Annual report of the Punjab Veterinary College and of the Civil Veterinary Department, Punjab - 1926-1932
Year: 1926
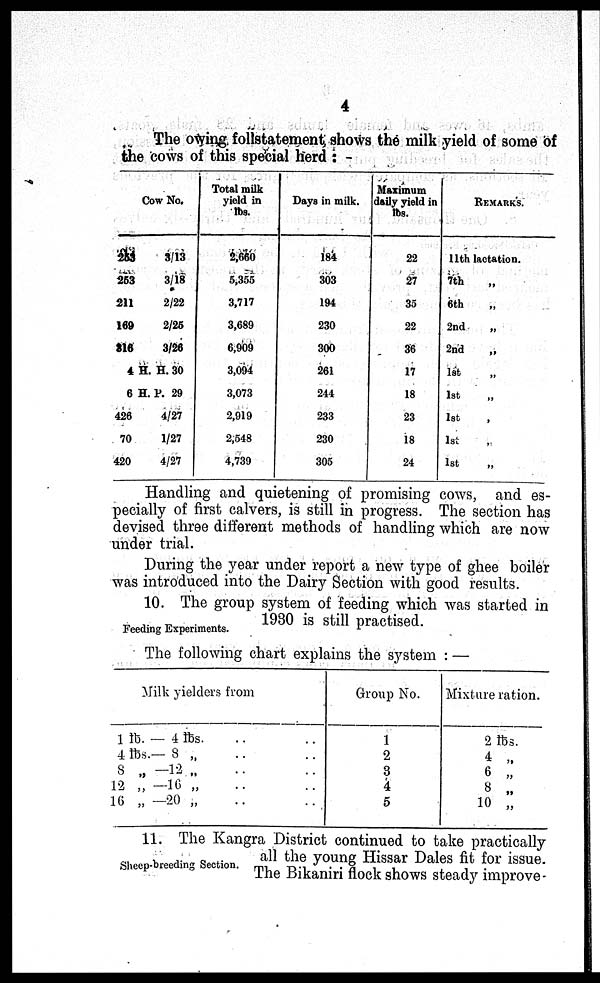
4
The owing follstatement shows the milk yield of some of
the cows of this special herd:—
Cow No.
253
3/13
253
3/18
211
2/22
169
2/25
316
3/26
4 H. H. 30
6 H. P. 29
426
4/27
70
1/27
420
4/27
Total milk
yield in
lbs.
2,660
5,355
3,717
3,689
6,909
3,094
3,073
2,919
2,548
4,739
Days in milk.
184
303
194
230
300
261
244
233
230
305
Maximum
daily yield in
lbs.
22
27
35
22
36
17
18
23
18
24
REMARKS.
11th lactation.
7th
„
6th „
2nd
„
2nd „
1st „
1st „
1st „
1st „
1st
„
Handling and quietening of promising cows, and es-
pecially of first calvers, is still in progress. The section has
devised three different methods of handling which are now
under trial.
During the year under report a new type of ghee boiler
was introduced into the Dairy Section with good results.
Feeding Experiments.
10. The group system of feeding which was started in
1930 is still practised.
The following chart explains the system:—
Milk yielders from
1 lb. — 4 lbs. .. ..
4 lbs.— 8 „. .. ..
8 „ 12 „. .. ..
12 „ —16 „. .. ..
16 „ —20 „. .. ..
Group No.
1
2
3
4
5
Mixture ration.
2 lbs.
4 „
6 „
8 „
10 „
Sheep-breeding Section.
11. The Kangra District continued to take practically
all the young Hissar Dales fit for issue.
The Bikaniri flock shows steady improve-